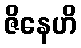
ဇိနေဟိ